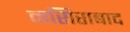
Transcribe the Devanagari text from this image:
नसिराबाद